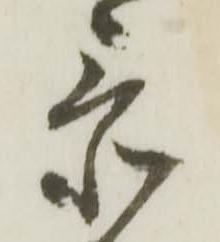
忝